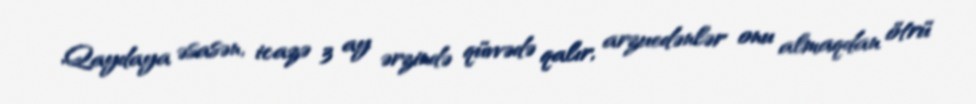
Qaydaya əsasən, icazə 3 ay ərzində qüvvədə qalır, arzuedənlər onu almaqdan ötrü